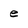
Character: e